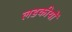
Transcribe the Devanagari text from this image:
लडकीयों